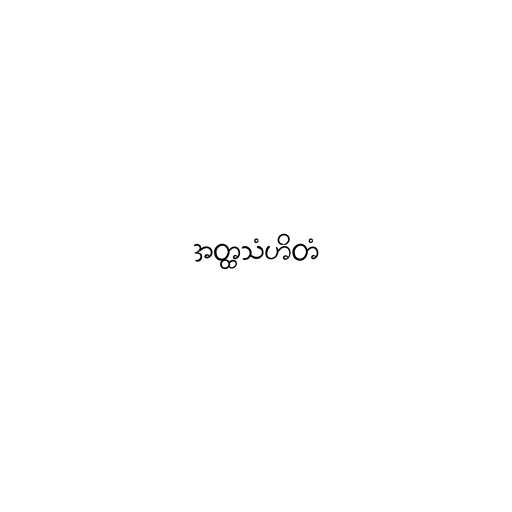
အတ္ထသံဟိတံ